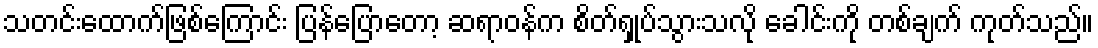
သတင်းထောက်ဖြစ်ကြောင်း ပြန်ပြောတော့ ဆရာဝန်က စိတ်ရှုပ်သွားသလို ခေါင်းကို တစ်ချက် ကုတ်သည်။